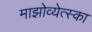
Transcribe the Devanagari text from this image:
माझोव्येत्स्का